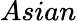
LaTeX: Asian